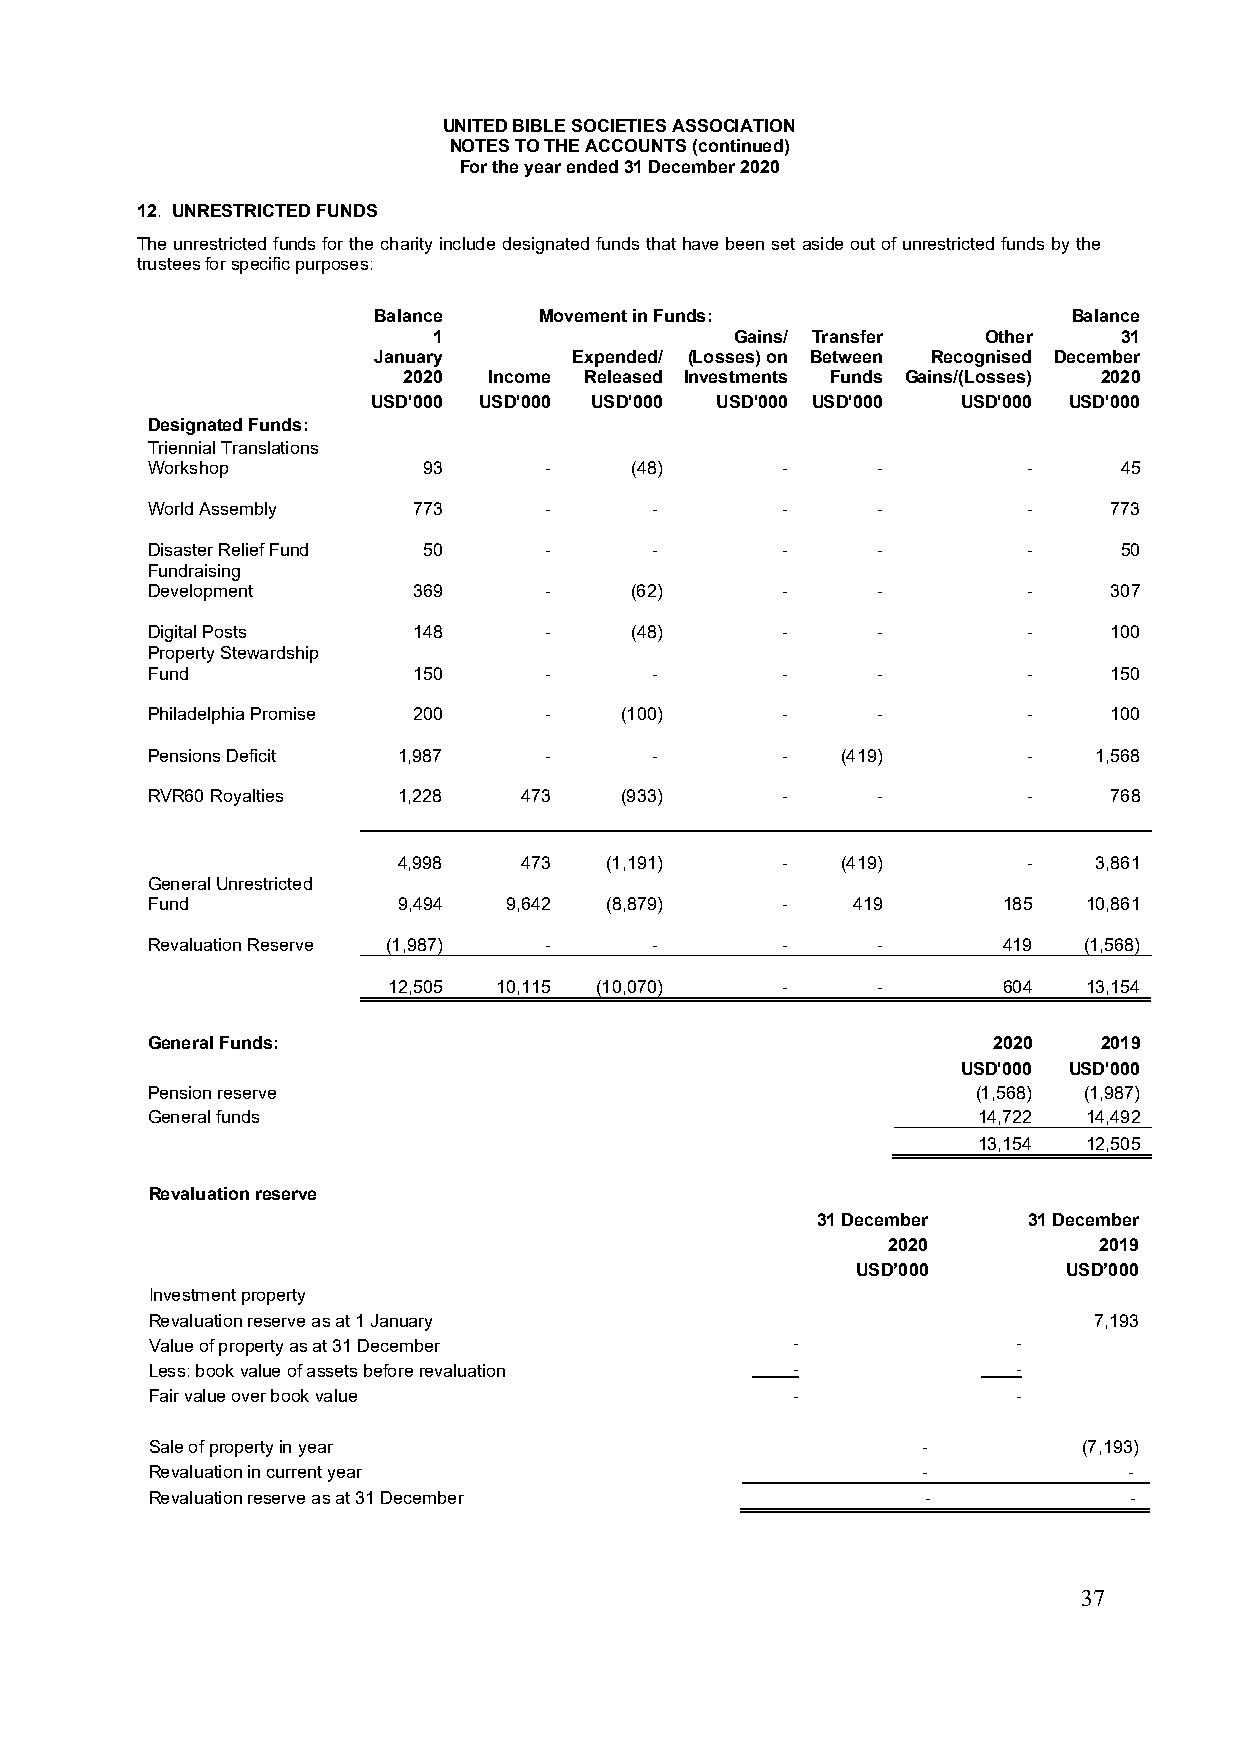
UNITED BIBLE SOCIETIES ASSOCIATION
 NOTES TO THE ACCOUNTS (continued)
 For the year ended 31 December 2020
 12. UNRESTRICTED FUNDS
 The unrestricted funds for the charity include designated funds that have been set aside out of unrestricted funds by the
 trustees for specific purposes:
 Balance    Movement in Funds:                 Balance
 1                   Gains/ Transfer Other    31
 January      Expended/ (Losses) on Between Recognised December
 2020 Income Released Investments Funds Gains/(Losses) 2020
 USD'000 USD'000 USD'000 USD'000 USD'000 USD'000 USD'000
 Designated Funds:
 Triennial Translations
 Workshop          93      -     (48)      -     -         -     45
 World Assembly   773      -      -        -     -         -    773
 Disaster Relief Fund 50   -      -        -     -         -     50
 Fundraising
 Development      369      -     (62)      -     -         -    307
 Digital Posts    148      -     (48)      -     -         -    100
 Property Stewardship
 Fund             150      -      -        -     -         -    150
 Philadelphia Promise 200  -    (100)      -     -         -    100
 Pensions Deficit 1,987    -      -        -   (419)       -   1,568
 RVR60 Royalties 1,228   473    (933)      -     -         -    768
 4,998   473   (1,191)     -   (419)       -   3,861
 General Unrestricted
 Fund            9,494  9,642  (8,879)     -   419       185   10,861
 Revaluation Reserve (1,987) -    -        -     -       419   (1,568)
 12,505 10,115 (10,070)    -     -       604   13,154
 General Funds:                                          2020   2019
 USD'000 USD'000
 Pension reserve                                        (1,568) (1,987)
 General funds                                          14,722 14,492
 13,154 12,505
 Revaluation reserve
 31 December   31 December
 2020          2019
 USD’000       USD’000
 Investment property
 Revaluation reserve as at 1 January                           7,193
 Value of property as at 31 December       -              -
 Less: book value of assets before revaluation -          -
 Fair value over book value                -              -
 Sale of property in year                           -          (7,193)
 Revaluation in current year                        -             -
 Revaluation reserve as at 31 December              -             -
 37